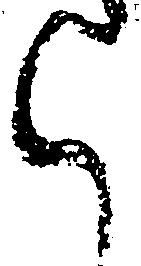
く